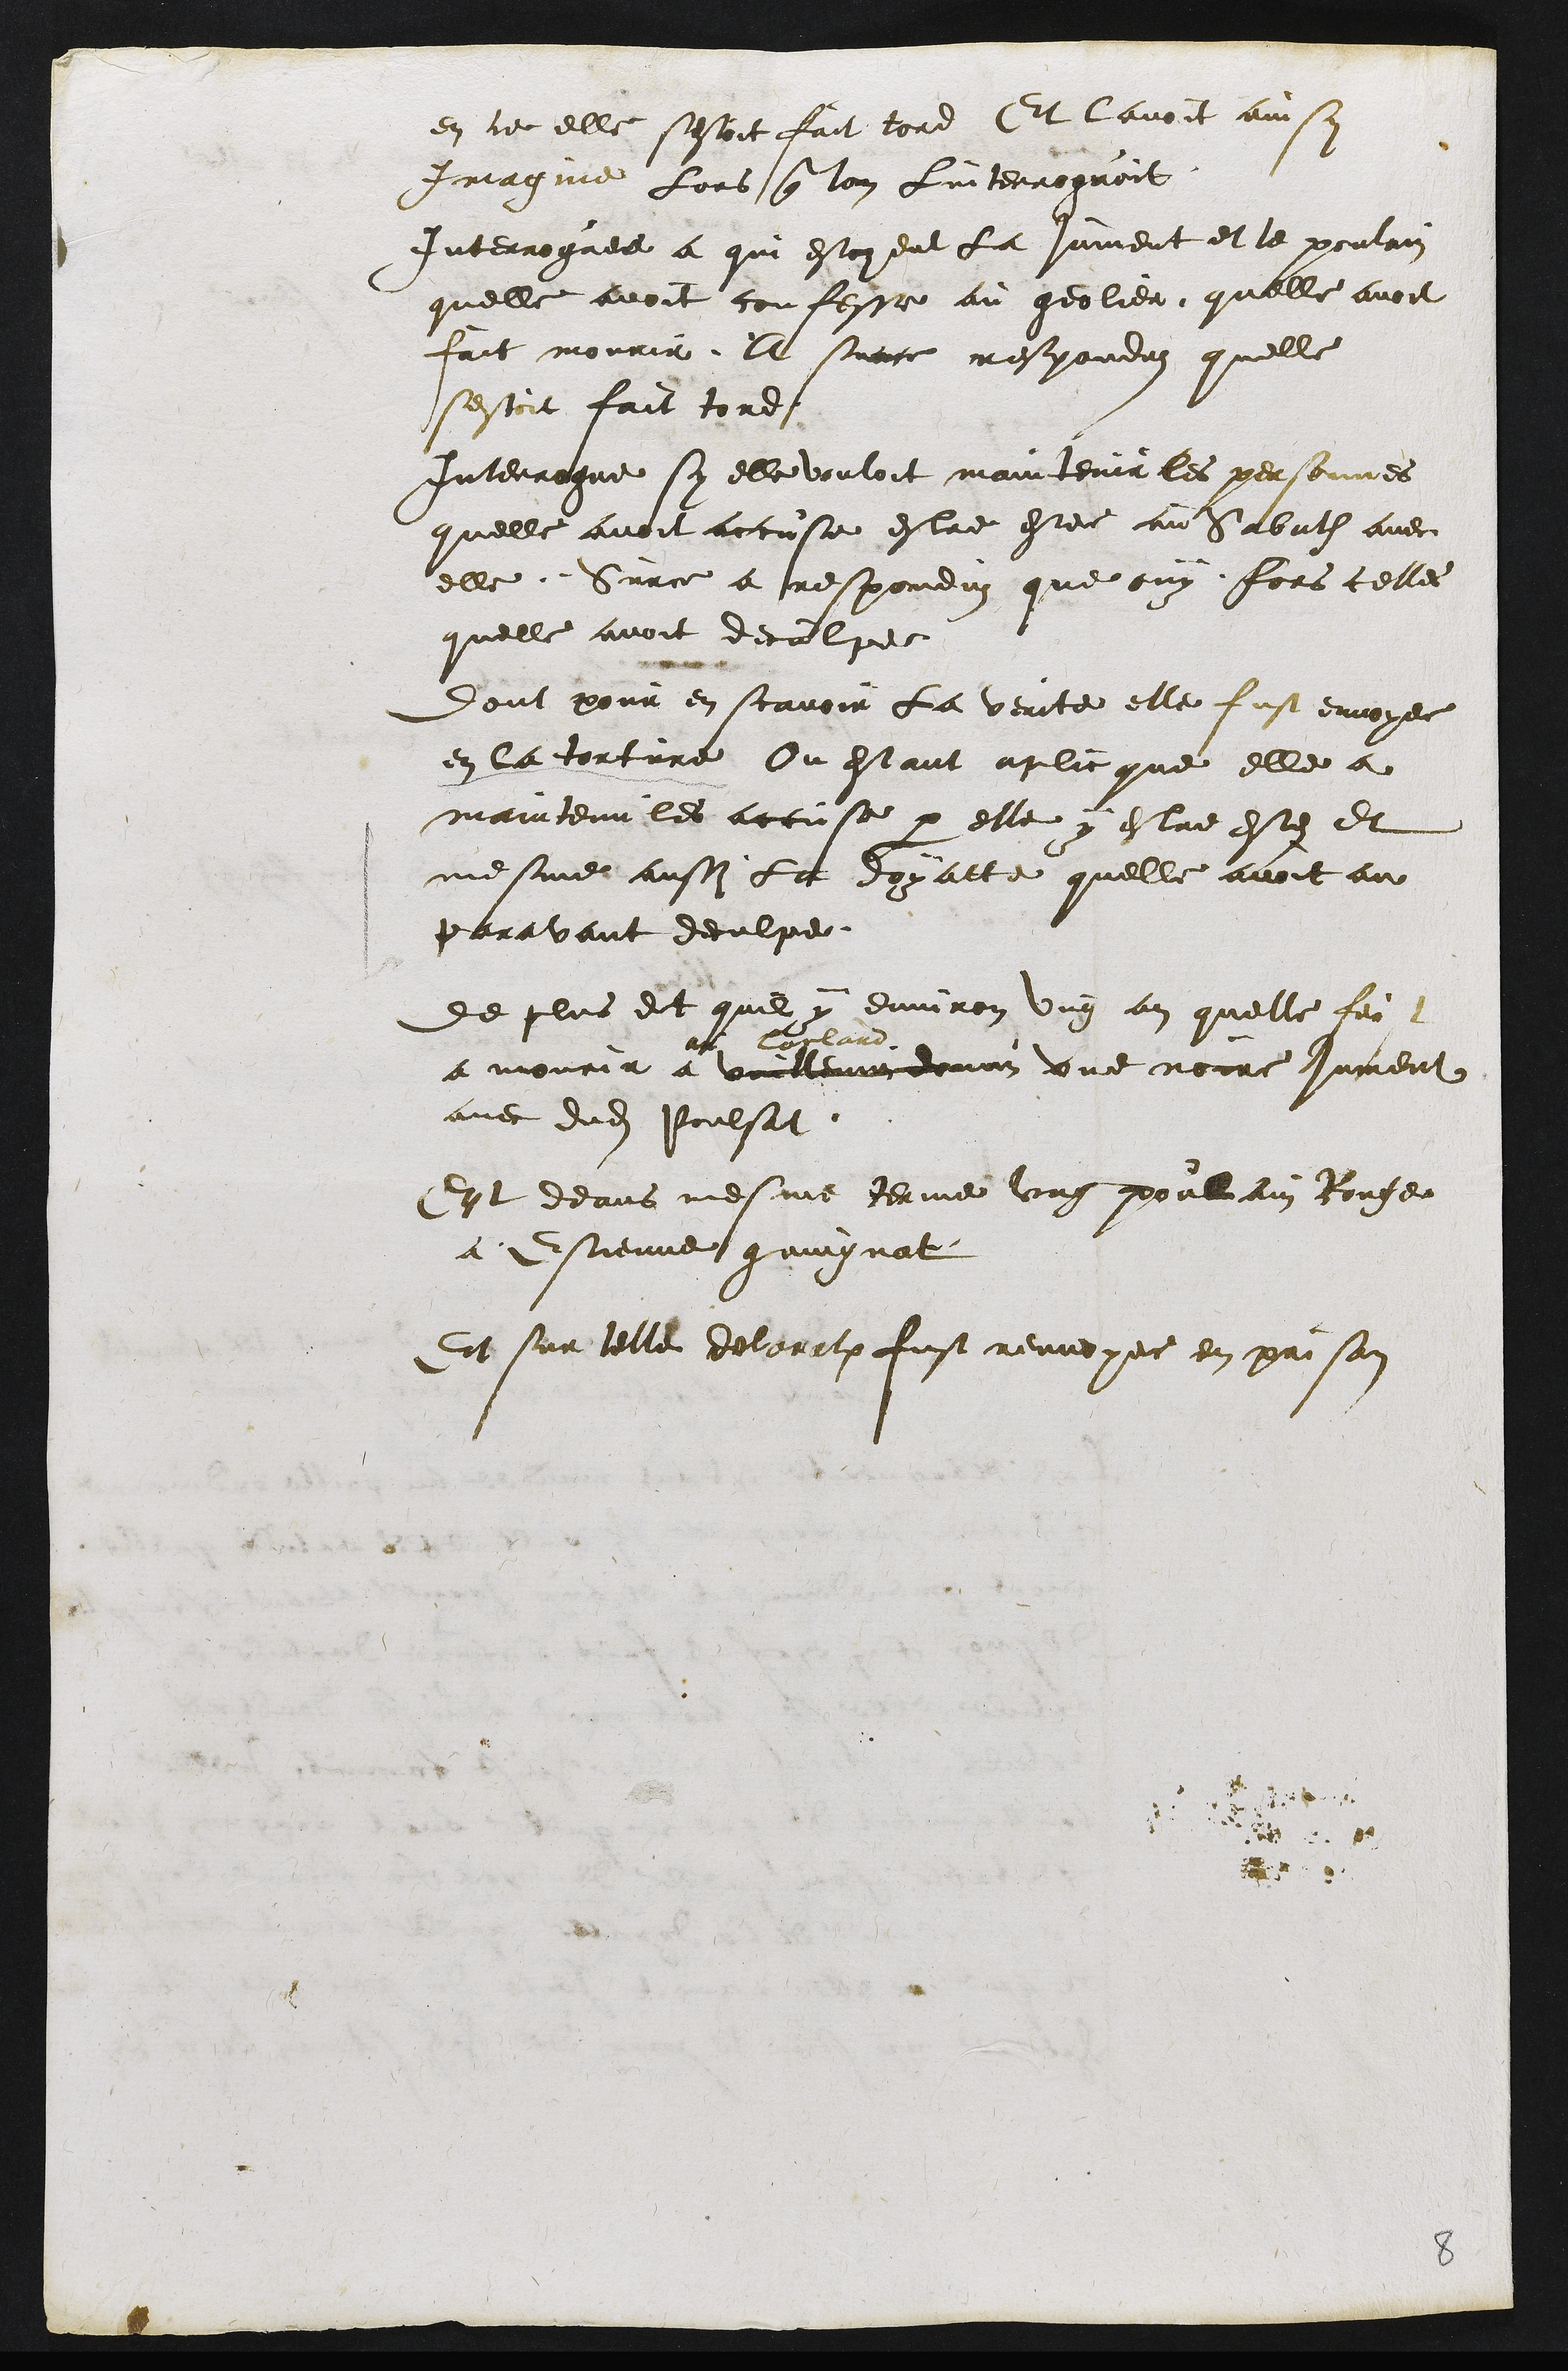
en ce elle sestoit fait tord Et lavoit ainsy
Imagine Lors que lon Linterroguoit
Interroguee a qui estoyent la jument et le poulain
quelle avoit confesse au geolier, quelle avoit
fait mourir. A surce responduz quelle
sestoit fait tord
Interrogue sy elle vouloit maintenir les personnes
quelle avoit accuse estre estee au Sabath avec
elle. Surce a responduz que ouy fors celles
quelle avoit deculpee
Dont pour en scavoir la verite elle fust envoyee
en la torture ou estant aplicque elle a
maintenu les accuse par elle y estre estez et
mesme aussi La doyatte quelle avoit au
paravant deculpe
de plus dit quil y environ ung an quelle feist
a mourir a
au Loclard
Vuillemin domin une noire Jument
avec dudit poulsat
Et deans mesme terme ung poulain Rouge
a Estienne gaingnat
Et sur telle declaration fust renvoyee en prison